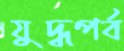
যুদ্ধপর্ব